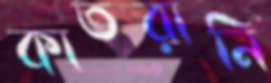
কাতরানি